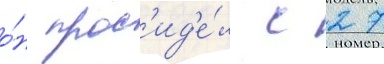
о́н прос'ид'е́л с 27